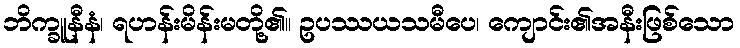
ဘိက္ခူနီနံ၊ ရဟန်းမိန်းမတို့၏။ ဥပဿယသမီပေ၊ ကျောင်း၏အနီးဖြစ်သော